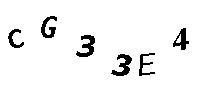
CG33E4